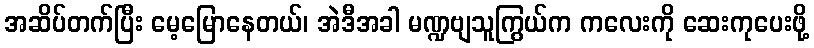
အဆိပ်တက်ပြီး မေ့မြောနေတယ်၊ အဲဒီအခါ မဏ္ဍဗျသူကြွယ်က ကလေးကို ဆေးကုပေးဖို့